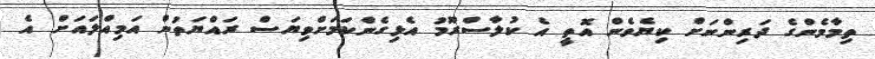
ތިމާމެންގެ ދަރިންނަށް ކިޔެވެން އޮތީ އެ ކުލާސްރޫމު އެޅިގެންކަމަށްވިޔަސް ރައްޔަތުން އަމިއްލައަށް އެ